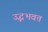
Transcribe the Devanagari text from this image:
उद्भभवत